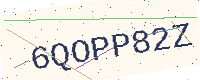
Text: 6QOPP82Z